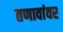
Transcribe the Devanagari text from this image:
तणावांवर